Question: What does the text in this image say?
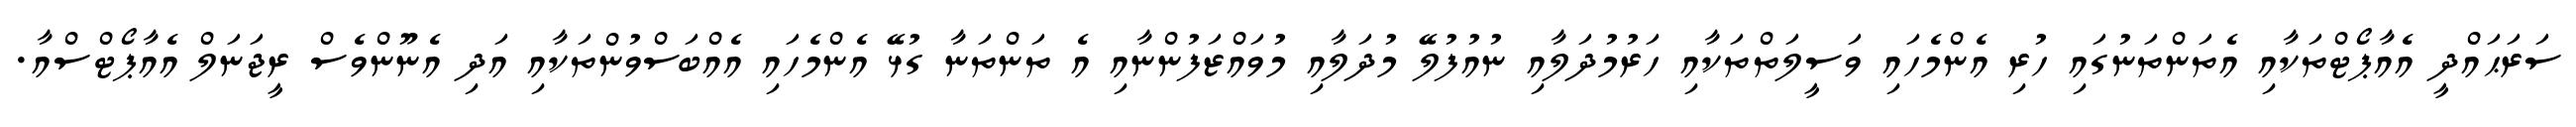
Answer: ސަރަޙައްދީ އެއާޕޯޓްތަކާއި އެތަންތަނުގައި ހުރި އެންމެހައި ވަސީލަތްތަކާއި ހަރުމުދަލާއި ނުއުފުލޭ މުދަލާއި މުވައްޒަފުންނާއި އެ ތަންތަނާ ގުޅޭ އެންމެހައި އެއްބަސްވުންތަކާއި އަދި އެނޫންވެސް ރީޖަނަލް އެއާޕޯޓްސްއާ.